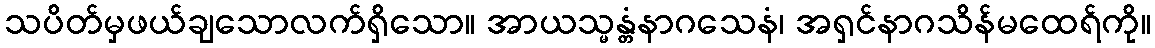
သပိတ်မှဖယ်ချသောလက်ရှိသော။ အာယသ္မန္တံနာဂသေနံ၊ အရှင်နာဂသိန်မထေရ်ကို။